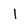
Character: I